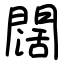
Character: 闊